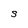
Character: S